Indian journal of veterinary science and animal husbandry - Volume 1,
Year: 1931
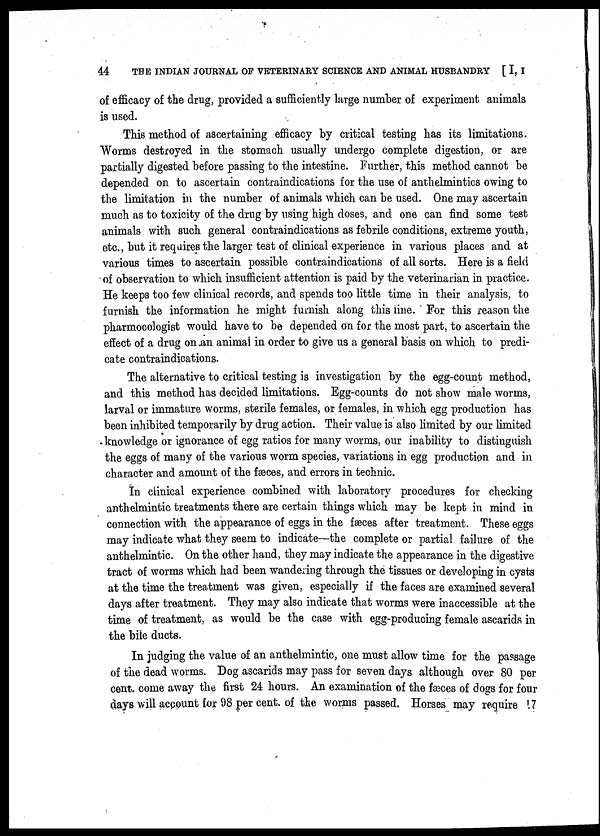
44 THE INDIAN JOURNAL OF VETERINARY SCIENCE AND ANIMAL HUSBANDRY [ I, I
of efficacy of the drug, provided a sufficiently large number of experiment animals
is used.
This method of ascertaining efficacy by critical testing has its limitations.
Worms destroyed in the stomach usually undergo complete digestion, or are
partially digested before passing to the intestine. Further, this method cannot be
depended on to ascertain contraindications for the use of anthelmintics owing to
the limitation in the number of animals which can be used. One may ascertain
much as to toxicity of the drug by using high doses, and one can find some test
animals with such general contraindications as febrile conditions, extreme youth,
etc., but it requires the larger test of clinical experience in various places and at
various times to ascertain possible contraindications of all sorts. Here is a field
of observation to which insufficient attention is paid by the veterinarian in practice.
He keeps too few clinical records, and spends too little time in their analysis, to
furnish the information he might furnish along this line. For this reason the
pharmocologist would have to be depended on for the most part, to ascertain the
effect of a drug on an animal in order to give us a general basis on which to predi-
cate contraindications.
The alternative to critical testing is investigation by the egg-count method,
and this method has decided limitations. Egg-counts do not show male worms,
larval or immature worms, sterile females, or females, in which egg production has
been inhibited temporarily by drug action. Their value is also limited by our limited
knowledge or ignorance of egg ratios for many worms, our inability to distinguish
the eggs of many of the various worm species, variations in egg production and in
character and amount of the fæces, and errors in technic.
In clinical experience combined with laboratory procedures for checking
anthelmintic treatments there are certain things which may be kept in mind in
connection with the appearance of eggs in the fæces after treatment. These eggs
may indicate what they seem to indicate—the complete or partial failure of the
anthelmintic. On the other hand, they may indicate the appearance in the digestive
tract of worms which had been wandering through the tissues or developing in cysts
at the time the treatment was given, especially if the faces are examined several
days after treatment. They may also indicate that worms were inaccessible at the
time of treatment, as would be the case with egg-producing female ascarids in
the bile ducts.
In judging the value of an anthelmintic, one must allow time for the passage
of the dead worms. Dog ascarids may pass for seven days although over 80 per
cent. come away the first 24 hours. An examination of the fæces of dogs for four
days will account for 98 per cent. of the worms passed. Horses may require 17